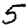
Digit: 5